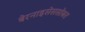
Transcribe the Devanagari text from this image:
बेरनाइसेससोबत